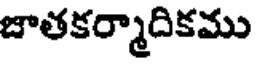
జాతకర్మాదికము